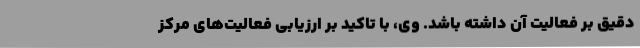
دقیق بر فعالیت آن داشته باشد. وی، با تاکید بر ارزیابی فعالیت‌های مرکز